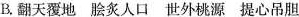
B.翻天覆地脍炙人口世外桃源提心吊胆